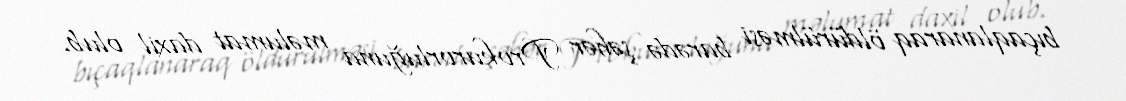
bıçaqlanaraq öldürülməsi barədə şəhər Prokurorluğuna məlumat daxil olub.